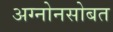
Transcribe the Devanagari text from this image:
अग्नोनसोबत